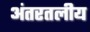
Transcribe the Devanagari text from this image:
अंतरतलीय